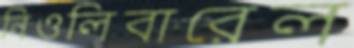
নিওলিবারেল